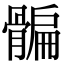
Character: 𩩯